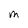
Character: M